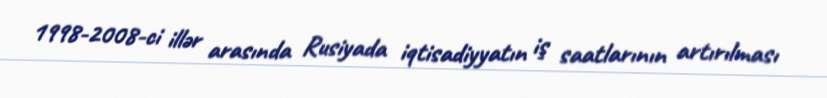
1998-2008-ci illər arasında Rusiyada iqtisadiyyatın iş saatlarının artırılması